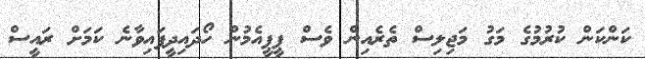
ކަންކަން ކުރުމުގެ މަގު މަޖިލިސް ތެރެއިން ވެސް ޕީޕީއެމުން ހޯދައިދީފައިވާނެ ކަމަށް ރައީސް